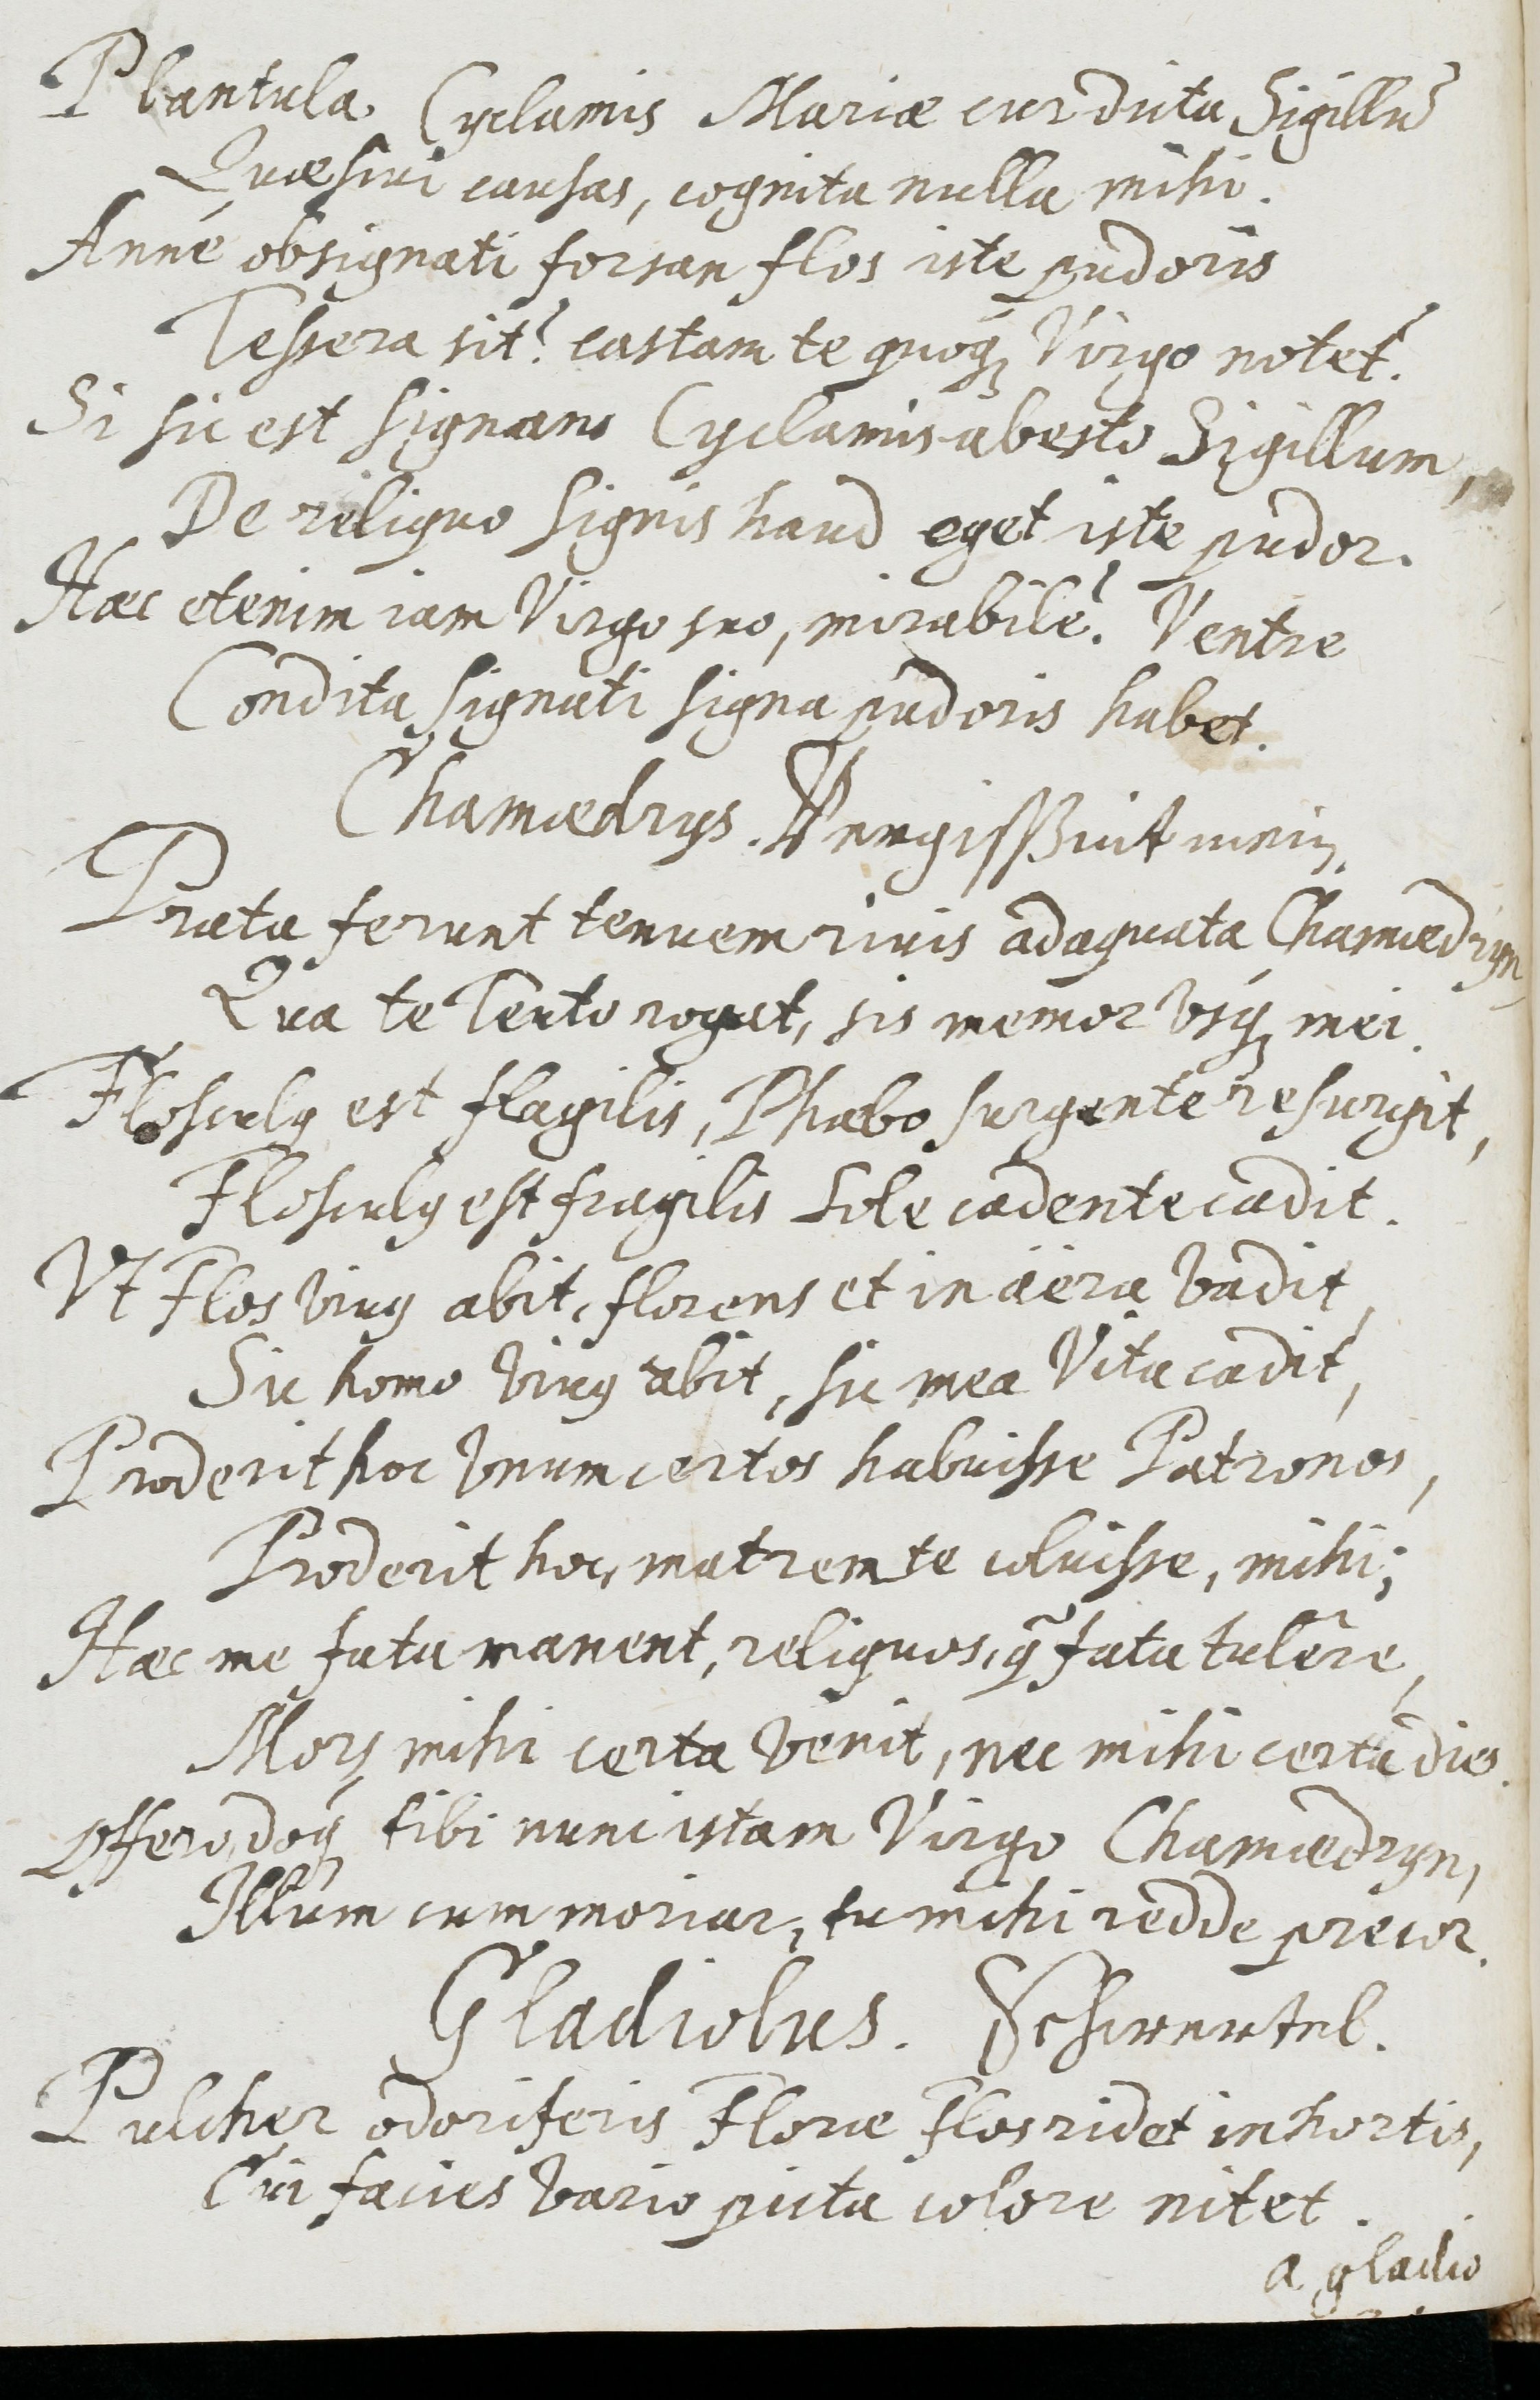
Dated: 1637–1673